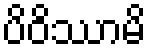
ပိဝိဿာမိ